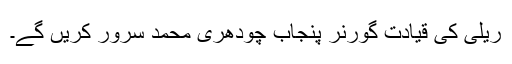
ریلی کی قیادت گورنر پنجاب چودھری محمد سرور کریں گے۔